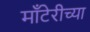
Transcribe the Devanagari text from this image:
माँटेरीच्या